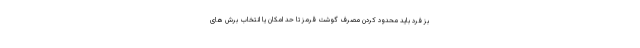
بز فرد باید محدود کردن مصرف گوشت قرمز تا حد امکان یا انتخاب برش های